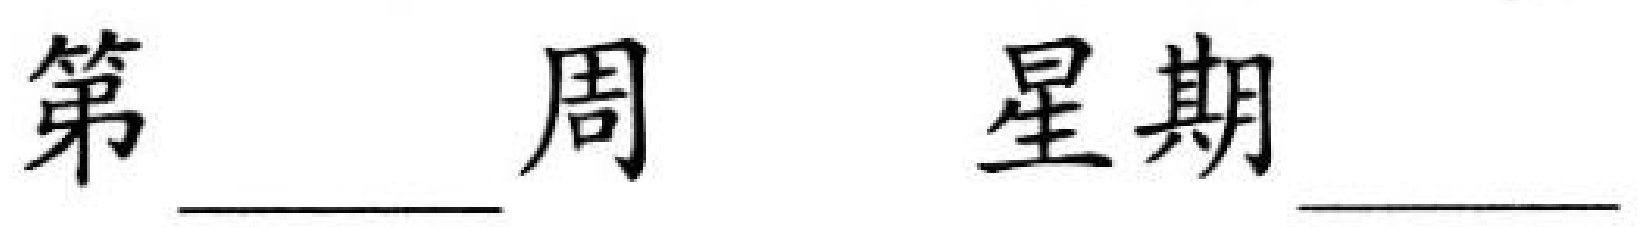
第 \underline{\qquad} 周  星期 \underline{\qquad}